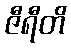
ဇီရီတိ